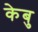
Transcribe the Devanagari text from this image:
केबु